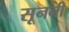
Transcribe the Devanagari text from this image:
सूननी